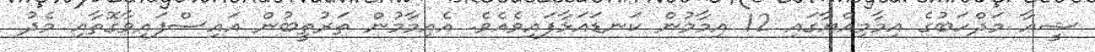
ޝީޢާ މަޛްހަބުގެ އިމާމިއްޔާގައި 12 އިމާމުން ކަނޑައަޅާފައިވެއެވެ. އެއިމާމުން ތަރުތީބުން އައިސްފައިވާގޮތާއި މެދު